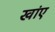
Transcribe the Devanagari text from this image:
खांए